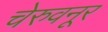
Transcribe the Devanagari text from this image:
चेरुवनूर